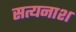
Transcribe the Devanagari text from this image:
सत्यनाश